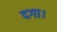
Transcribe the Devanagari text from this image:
दगा।